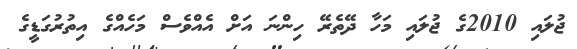
ޖުލައި 2010ގެ ޖުލައި މަހާ ދޭތެރޭ ހިންނަ އަށް އެއްވެސް މަހެއްގެ އިތުރުގަޑީގެ